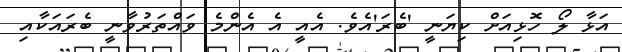
އަޅާ ލޯ ހޮޅިއަށް ކިޔަނީ 'ބެރަ'އެވެ. އެއީ އެ އެންމެ ވައްތަރުވާނީ ބެރައަކާއި